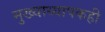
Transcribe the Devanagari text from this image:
मुख्याध्यापकही